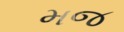
મજ